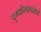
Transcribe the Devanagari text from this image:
दुग्धोत्पादनाचे